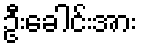
ဦးခေါင်းအား